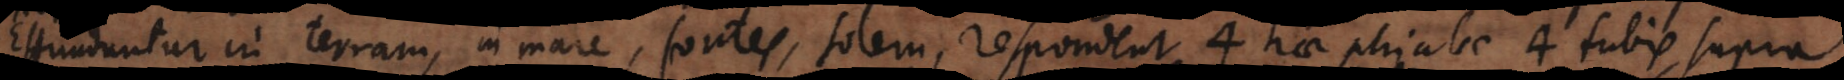
Effunduntur in terram, in mare, fontes, solem, respondent 4 hae phialae 4 tubis supra